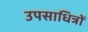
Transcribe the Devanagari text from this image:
उपसाधित्रों